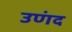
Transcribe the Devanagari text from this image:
उणंद